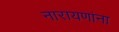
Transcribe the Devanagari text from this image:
नारायणांना